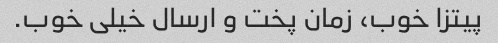
پیتزا خوب، زمان پخت و ارسال خیلی خوب.